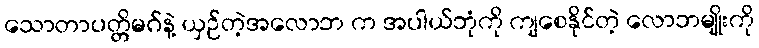
သောတာပတ္တိမဂ်နဲ့ ယှဉ်တဲ့အလောဘ က အပါယ်ဘုံကို ကျစေနိုင်တဲ့ လောဘမျိုးကို